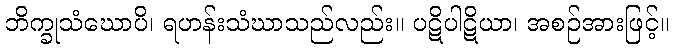
ဘိက္ခုသံဃောပိ၊ ရဟန်းသံဃာသည်လည်း။ ပဋိပါဋိယာ၊ အစဉ်အားဖြင့်။